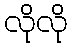
လိုလို